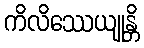
ကိလိဿေယျုန္တိ